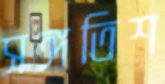
সঙ্গতিশ